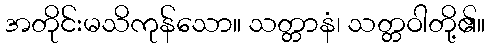
အတိုင်းမသိကုန်သော။ သတ္တာနံ၊ သတ္တဝါတို့၏။